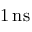
1 \, \mathrm { n s }